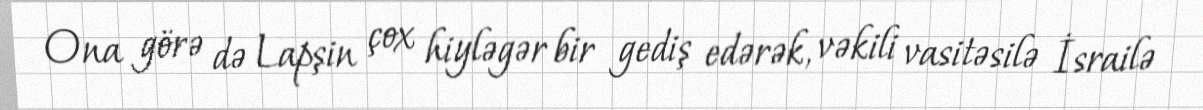
Ona görə də Lapşin çox hiyləgər bir gediş edərək, vəkili vasitəsilə İsrailə